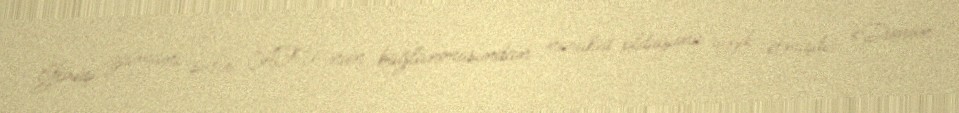
Görüş zamanı səfir AFU-nun bağlanmasından narahat olduğunu qeyd etmişdi: «Dünən